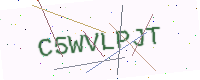
Text: C5WVLPJT